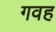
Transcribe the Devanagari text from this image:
गवह